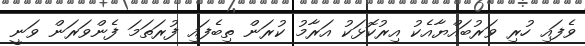
ވެފައި ހުރި ވަރުބައްޔާއެކު އިރުކޮޅަކު އަރާމު ކުރަން ތިބެފައި ފުރަތަމަ ފެންވަރަން ވަނީ